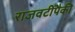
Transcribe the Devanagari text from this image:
राजवटींपैकी